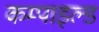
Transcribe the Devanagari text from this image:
कम्पाइल्ड